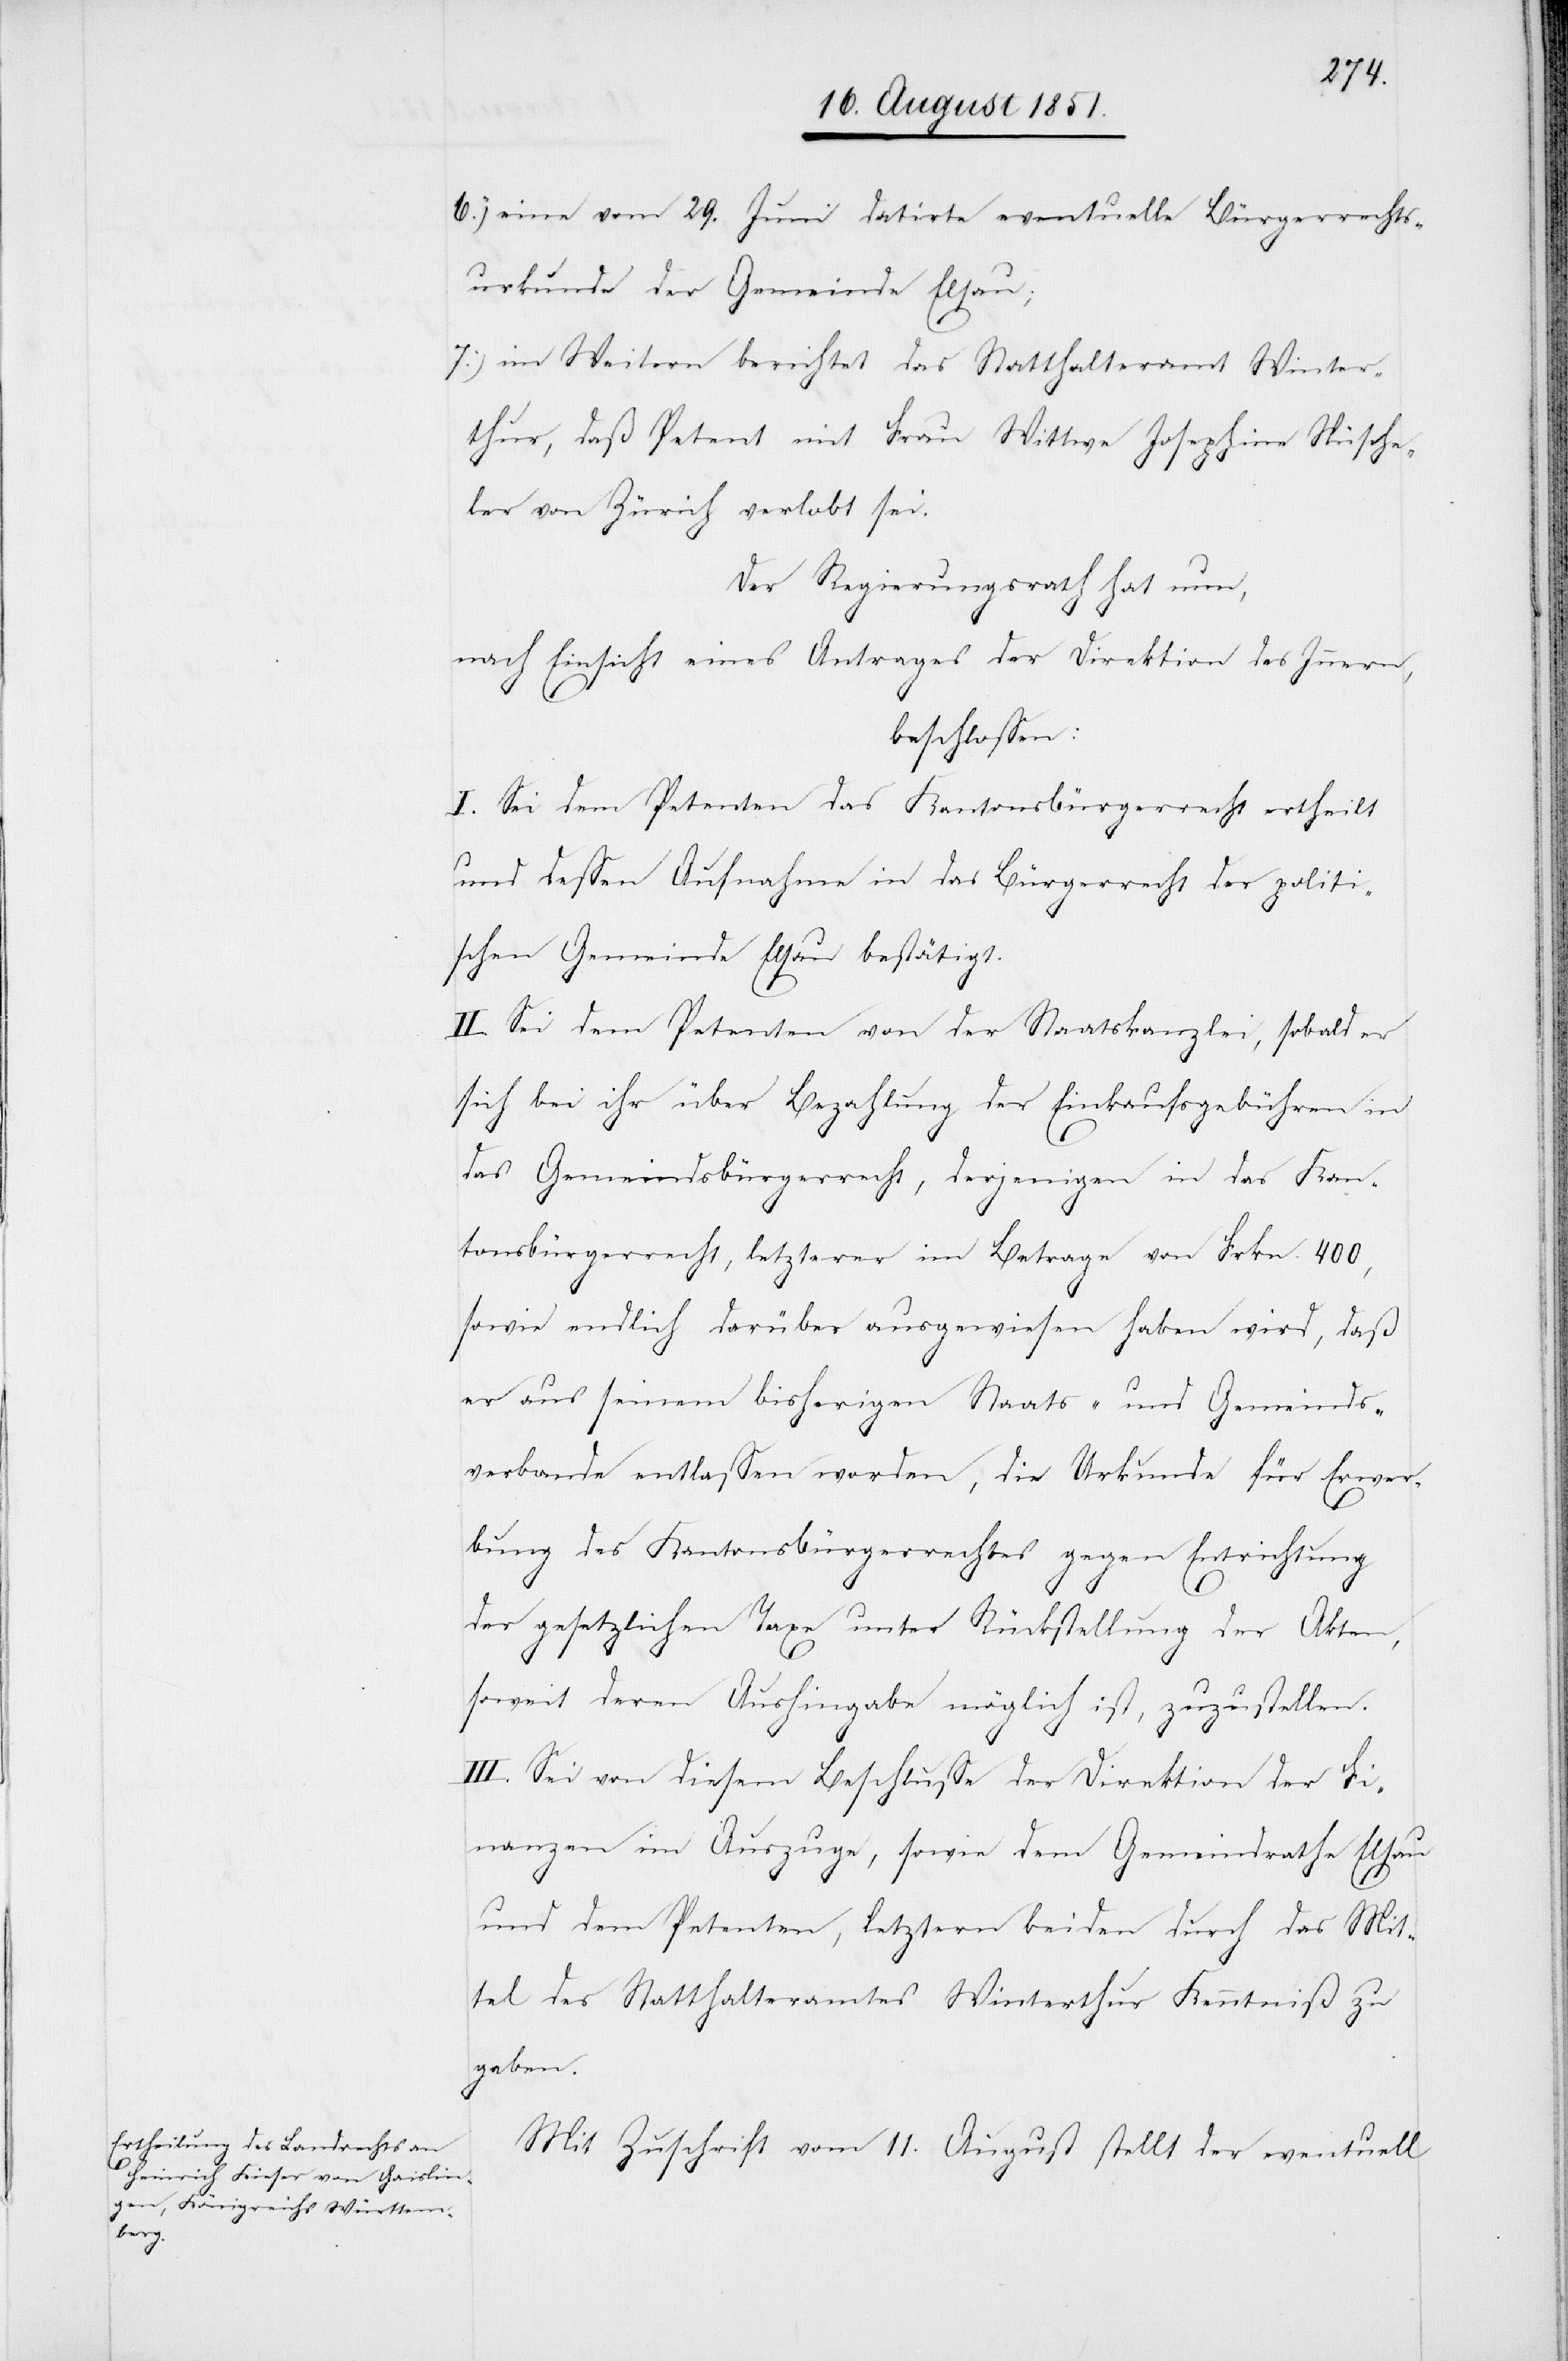
eine vom 29. Juni datirte eventuelle Bürgerrechts¬
urkunde der Gemeinde Elsau;
im Weitern berichtet das Statthalteramt Winter¬
thur, daß Petent mit Frau Wittwe Josephine Nüsche¬
ler von Zürich verlobt sei.
Der Regierungsrath hat nun,
nach Einsicht eines Antrages der Direktion des Innern,
beschlossen:
I. Sei dem Petenten das Kantonsbürgerrecht ertheilt
und dessen Aufnahme in das Bürgerrecht der politi¬
schen Gemeinde Elsau bestätigt.
II. Sei dem Petenten von der Staatskanzlei, sobald er
sich bei ihr über Bezahlung der Einkaufsgebühren in
das Gemeindsbürgerrecht, derjenigen in das Kan¬
tonsbürgerrecht, letzterer im Betrage von Frkn. 400,
sowie endlich darüber ausgewiesen haben wird, daß
er aus seinem bisherigen Staats- und Gemeinds¬
verbande entlassen worden, die Urkunde für Erwer¬
bung des Kantonsbürgerrechtes gegen Entrichtung
der gesetzlichen Taxe unter Rückstellung der Akten,
6.)
soweit deren Aushingabe möglich ist, zuzustellen.
III. Sei von diesem Beschlusse der Direktion der Fi¬
nanzen im Auszuge, sowie dem Gemeindrathe Elsau
und dem Petenten, letztern beiden durch das Mit¬
tel des Statthalteramtes Winterthur Kenntniß zu
geben.
Mit Zuschrift vom 11. August stellt der eventuell